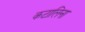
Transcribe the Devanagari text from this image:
कटालिना